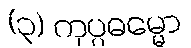
(၃) ကုပ္ပဓမ္မော